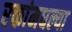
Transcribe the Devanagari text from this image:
रक्तांमधल्या